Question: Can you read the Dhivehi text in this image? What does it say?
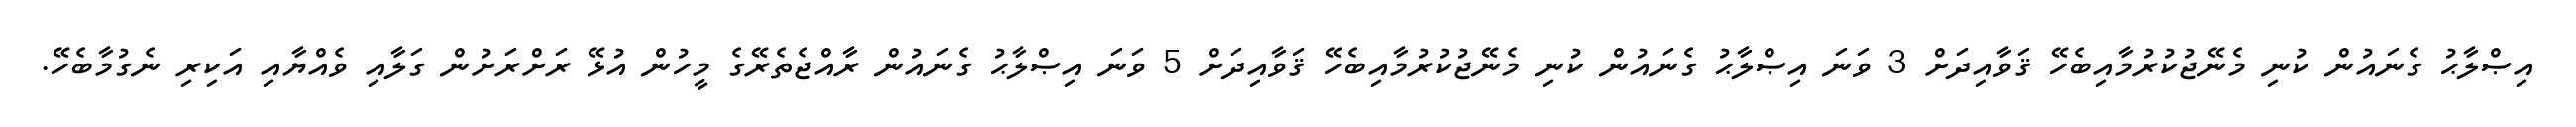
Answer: އިޞްލާޙު ގެނައުން ކުނި މެނޭޖުކުރުމާއިބެހޭ ޤަވާއިދަށް 3 ވަނަ އިޞްލާޙު ގެނައުން ކުނި މެނޭޖުކުރުމާއިބެހޭ ޤަވާއިދަށް 5 ވަނަ އިޞްލާޙު ގެނައުން ރާއްޖެތެރޭގެ މީހުން އުޅޭ ރަށްރަށުން ގަލާއި ވެއްޔާއި އަކިރި ނެގުމާބެހޭ.